Madras plague regulations and rules - Volume 1
Disease focus: Plague
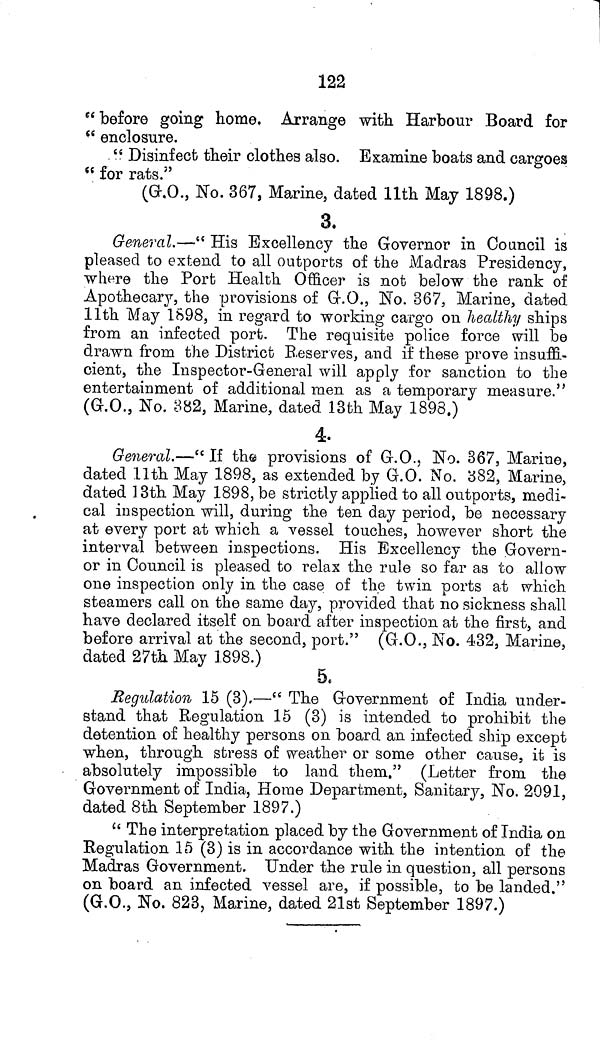
122
" before going home. Arrange with Harbour Board for
" enclosure.
" Disinfect their clothes also. Examine boats and cargoes
" for rats."
(G.O., No. 367, Marine, dated 11th May 1898.)
3.
General.—" His Excellency the Governor in Council is
pleased to extend to all outports of the Madras Presidency,
where the Port Health Officer is not below the rank of
Apothecary, the provisions of G.O., No. 367, Marine, dated
11th May 1898, in regard to working cargo on healthy ships
from an infected port. The requisite police force will be
drawn from the District Reserves, and if these prove insuffi-
cient, the Inspector-General will apply for sanction to the
entertainment of additional men as a temporary measure."
(G.O., No. 382, Marine, dated 13th May 1898.)
4.
General.—" If the provisions of G.O., No. 367, Marine,
dated 11th May 1898, as extended by G.O. No. 382, Marine,
dated 13th May 1898, be strictly applied to all outports, medi-
cal inspection will, during the ten day period, be necessary
at every port at which a vessel touches, however short the
interval between inspections. His Excellency the Govern-
or in Council is pleased to relax the rule so far as to allow
one inspection only in the case of the twin ports at which
steamers call on the same day, provided that no sickness shall
have declared itself on board after inspection at the first, and
before arrival at the second, port." (G.O., No. 432, Marine,
dated 27th May 1898.)
5.
Regulation 15 (3).—" The Government of India under-
stand that Regulation 15 (3) is intended to prohibit the
detention of healthy persons on board an infected ship except
when, through stress of weather or some other cause, it is
absolutely impossible to land them." (Letter from the
Government of India, Home Department, Sanitary, No. 2091,
dated 8th September 1897.)
"The interpretation placed by the Government of India on
Regulation 15 (3) is in accordance with the intention of the
Madras Government. Under the rule in question, all persons
on board an infected vessel are, if possible, to be landed."
(G.O., No. 823, Marine, dated 21st September 1897.)